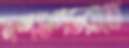
দশগুণডরাতে